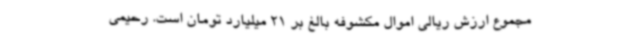
مجموع ارزش ریالی اموال مکشوفه بالغ بر 21 میلیارد تومان است. رحیمی